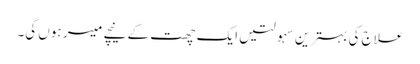
علاج کی بہترین سہولتیں ایک چھت کے نیچے میسر ہوں گی۔